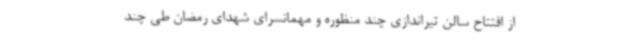
از افتتاح سالن تیراندازی چند منظوره و مهمانسرای شهدای رمضان طی چند